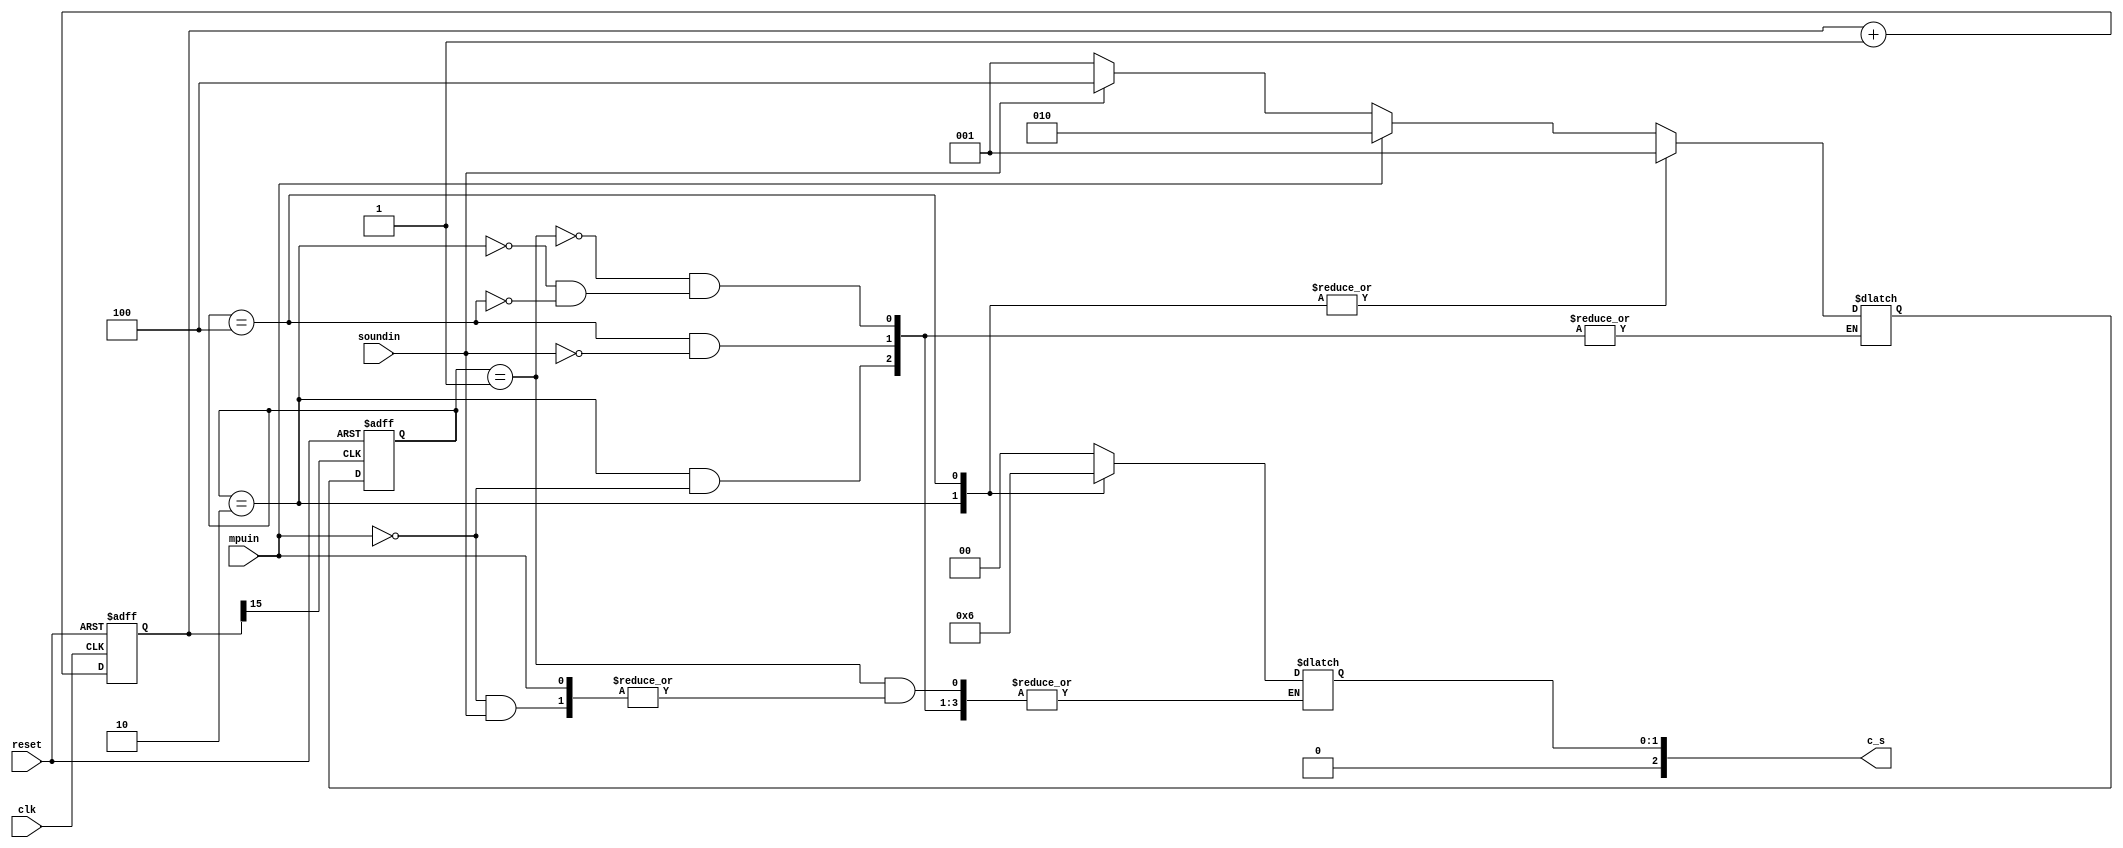
module CPU
(
input mpuin,
input soundin,
input clk,
input reset,
output reg[2:0] c_s
);

//
reg[15:0] count;

always @ (posedge clk,negedge reset)
	if(!reset)
		begin
			count<=0;
		end
	else
		begin
			count<=count+1'b1;
		end

wire key_clk=count[15];		//f=50MHz/2^16=762Hz 	
//

parameter INITIAL=3'b001;		
parameter WORK1=3'b010;
parameter WORK2=3'b100;

reg [2:0] current,next;

initial 
begin
	c_s <= 0;
end

//
always @ (posedge key_clk,negedge reset)
	if(!reset)
		begin
			current<=INITIAL;
		end
	else
		begin
			current<=next;
		end

//
always @ *
	begin
	case(current)
		INITIAL:											
			if(mpuin == 1'b1)							
				begin
				next<=WORK1;
				end
			else if(soundin == 1'b1)
					begin 
					next<=WORK2;
					end
					else
						begin
						c_s <= 3'b000;
						next<=INITIAL;
						end
		WORK1:											
			begin
				if(mpuin == 1'b1)
					begin
						c_s <= 3'b001;
						next <= INITIAL;
					end
			end
		WORK2:												
				if(soundin == 1'b1)
					begin
					c_s <= 3'b010;
					next <= INITIAL;
					end
		default:;
	endcase
	end
	
endmodule